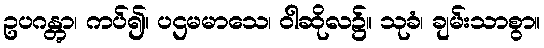
ဥပဂန္တွာ၊ ကပ်၍။ ပဌမမာသေ၊ ဝါဆိုလ၌။ သုခံ၊ ချမ်းသာစွာ။